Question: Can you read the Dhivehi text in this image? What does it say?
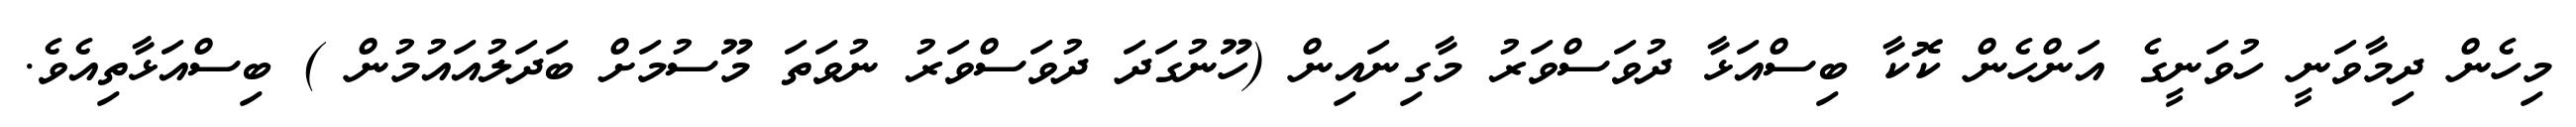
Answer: މިހެން ދިމާވަނީ ހުވަނީގެ އަންހެން ކޮކާ ބިސްއަޅާ ދުވަސްވަރު މާގިނައިން (ހޫނުގަދަ ދުވަސްވަރު ނުވަތަ މޫސުމަށް ބަދަލުއައުމުން ) ބިސްއަޅާތިއެވެ.